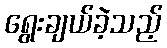
ရွေးချယ်ခဲ့သည့်